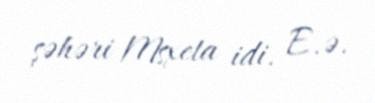
şəhəri Msxeta idi. E.ə.